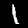
Digit: 1